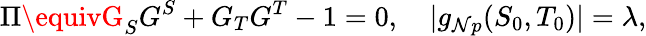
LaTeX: \Pi\equivG_{S}G^{S}+G_{T}G^{T}-1=0,\quad|g_{\mathcal{N}p}(S_{0},T_{0})|=\lambda,